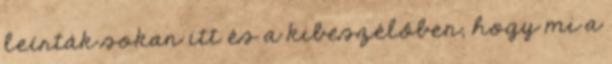
leírták sokan itt és a kibeszélőben, hogy mi a